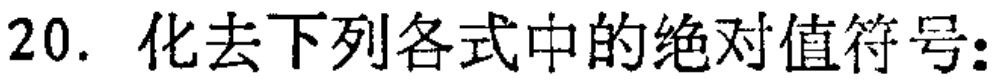
20. 化去下列各式中的绝对值符号：